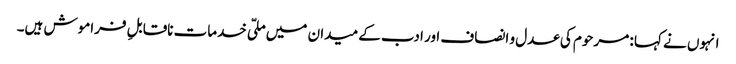
انہوں نے کہا : مرحوم کی عدل و انصاف اور ادب کے میدان میں ملّی خدمات ناقابلِ فراموش ہیں۔